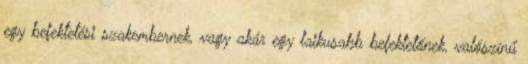
egy befektetési szakembernek, vagy akár egy laikusabb befektetőnek, valószínű